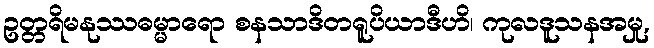
ဥတ္တရိမနုဿဓမ္မာရော စနသာဒိတရူပိယာဒီဟိ၊ ကုလဒူသနအမှု,